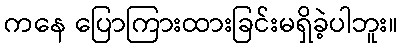
ကနေ ပြောကြားထားခြင်းမရှိခဲ့ပါဘူး။